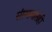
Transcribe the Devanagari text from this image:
संस्थानांतही